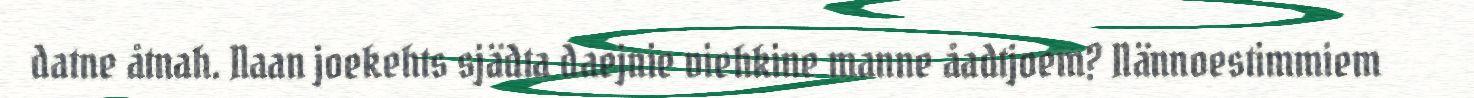
datne åtnah. Naan joekehts sjädta daejnie viehkine manne åadtjoem? Nännoestimmiem